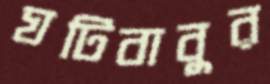
ঘটিবাবুর